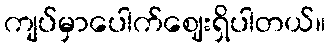
ကျပ်မှာပေါက်ဈေးရှိပါတယ်။